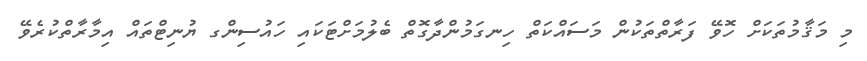
މި މަޤާމުތަކަށް ހޮވޭ ފަރާތްތަކުން މަސައްކަތް ހިނގަމުންދާގޮތް ބެލުމަށްޓަކައި ހައުސިންގ ޔުނިޓްތައް އިމާރާތްކުރެވޭ